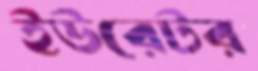
ইউরেটর